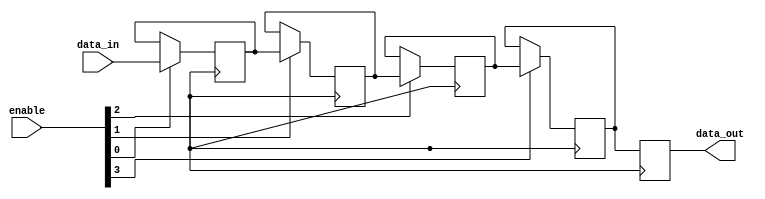
module BypassRegister(
    input [3:0] enable, // control signals for enabling or bypassing each register
    input wire [3:0] data_in, // input data to be stored in the registers
    output reg [3:0] data_out // output data from the registers
);

reg [3:0] reg1, reg2, reg3, reg4; // individual registers

always @ (posedge clk) begin
    if(enable[0] == 1'b1) begin
        reg1 <= data_in;
    end else begin
        reg1 <= reg1;
    end
    
    if(enable[1] == 1'b1) begin
        reg2 <= reg1;
    end else begin
        reg2 <= reg2;
    end
    
    if(enable[2] == 1'b1) begin
        reg3 <= reg2;
    end else begin
        reg3 <= reg3;
    end
    
    if(enable[3] == 1'b1) begin
        reg4 <= reg3;
    end else begin
        reg4 <= reg4;
    end
    
    data_out <= reg4; // output the data from the last register
end

endmodule